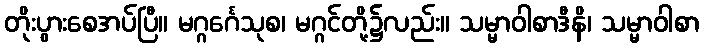
တိုးပွားစေအပ်ပြီ။ မဂ္ဂင်္ဂေသုစ၊ မဂ္ဂင်တို့၌လည်း။ သမ္မာဝါစာဒီနိ၊ သမ္မာဝါစာ